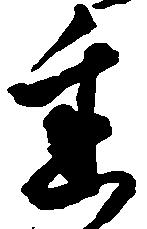
遅